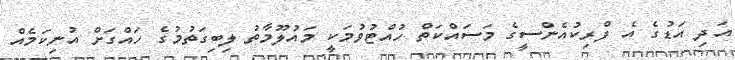
އަދި އަޑުގެ އެ ފްރިކުއެންސީގެ މަސައްކަތް ހުއްޓުވުމަކީ މައުލޫމާތު ލިބިގަތުމުގެ ހައްގަށް އުނިކަމެއް